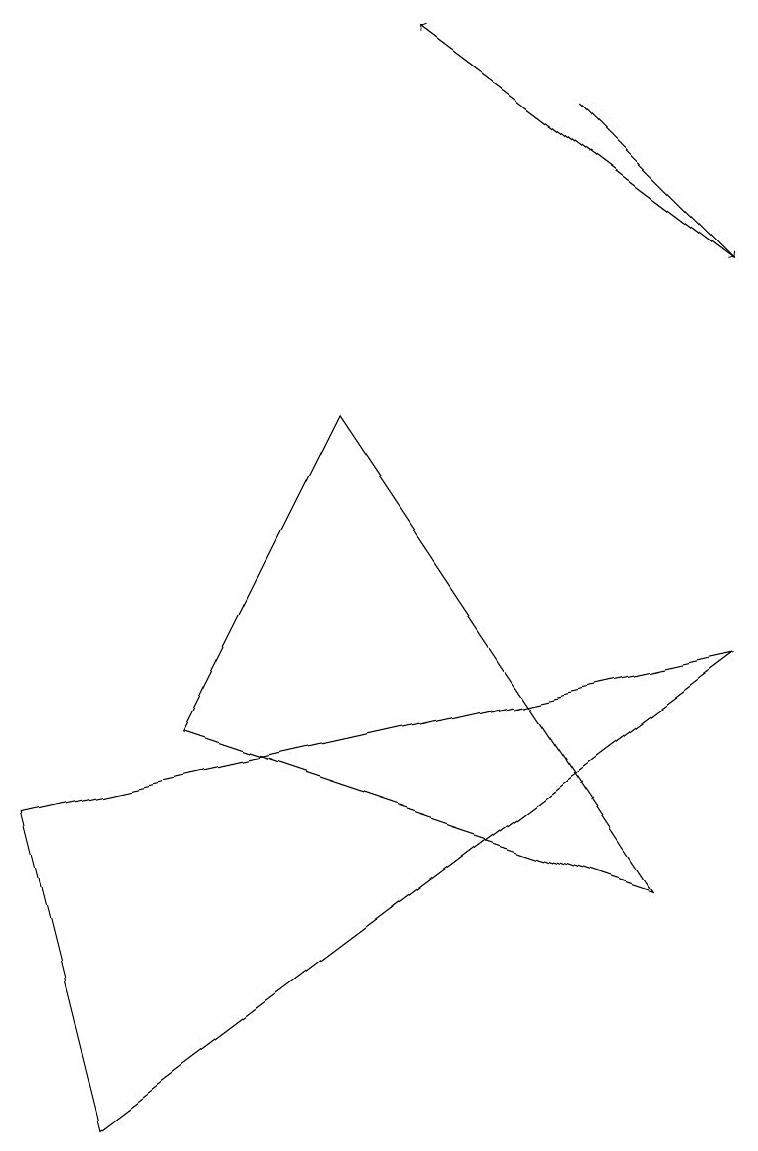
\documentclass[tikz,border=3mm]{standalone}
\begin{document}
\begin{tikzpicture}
\draw[->] (9,11) -- (5,14);
\draw[->] (7,13) -- (9,11);
\draw (0,4) -- (9,6) -- (1,0) -- cycle;
\draw (8,3) -- (4,9) -- (2,5) -- cycle;
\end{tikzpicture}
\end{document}